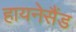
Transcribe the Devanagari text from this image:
हायनेसैंड